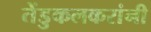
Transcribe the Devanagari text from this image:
तेंडुकलकरांनी